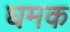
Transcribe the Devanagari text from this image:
घमक